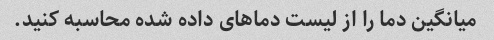
میانگین دما را از لیست دماهای داده شده محاسبه کنید.